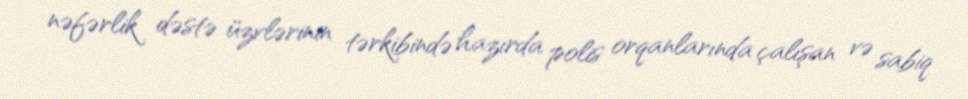
nəfərlik dəstə üzvlərinin tərkibində hazırda polis orqanlarında çalışan və sabiq